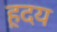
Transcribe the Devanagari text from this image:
ह़दय